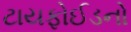
ટાયફોઈડનો